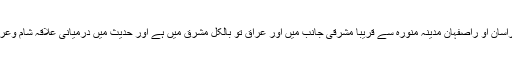
حالانکہ خراسان او راصفہان مدینہ منورہ سے قریباً مشرقی جانب میں اور عراق تو بالکل مشرق میں ہے اور حدیث میں درمیانی علاقہ شام وعراق نہیں آیا۔